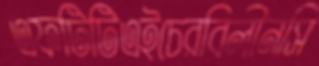
এফটিটিএইচেরবিলীনসি